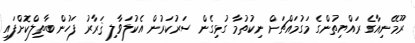
ރޫމޭނިއާގެ ރައްޔިތުންގެ މަގުމައްޗަށް ނިކުތުމާ ގުޅިގެން ސަރުކަރުން އެކުލަވާލި ޤަރާރު ފަހުން ބާތިލްކޮށްފައި